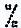
%